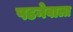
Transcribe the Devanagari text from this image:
पडनेवाला